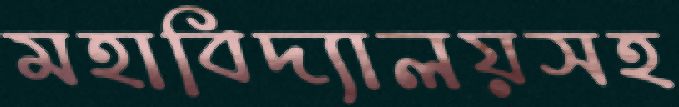
মহাবিদ্যালয়সহ